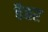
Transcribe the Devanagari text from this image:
वैतर